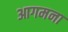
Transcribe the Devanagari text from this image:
आगमना